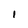
Character: 1